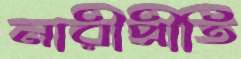
নারীপ্রীতি